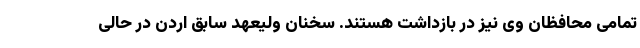
تمامی محافظان وی نیز در بازداشت هستند. سخنان ولیعهد سابق اردن در حالی